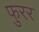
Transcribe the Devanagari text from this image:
फुरर